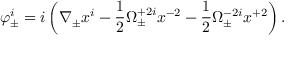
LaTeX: \varphi _ { \pm } ^ { i } = i \left( \nabla _ { \pm } x ^ { i } - \frac 1 2 \Omega _ { \pm } ^ { + 2 i } x ^ { - 2 } - \frac 1 2 \Omega _ { \pm } ^ { - 2 i } x ^ { + 2 } \right) .